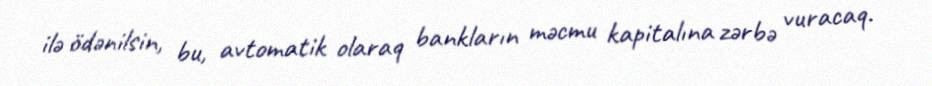
ilə ödənilsin, bu, avtomatik olaraq bankların məcmu kapitalına zərbə vuracaq.